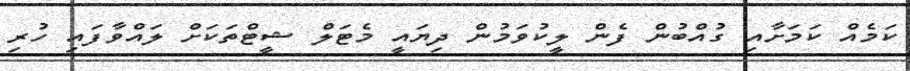
ކަމެއް ކަމަށާއި ގުއްބުން ފެން ލީކުވަމުން ދިޔައީ މެޓަލް ޝީޓްތަކަށް ލައްވާފައި ހުރި